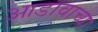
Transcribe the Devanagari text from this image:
आडावाच्या